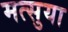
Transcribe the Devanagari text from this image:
मत्सुया